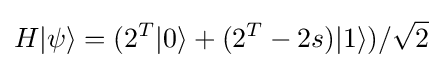
H|\psi \rangle =(2^{T}|0\rangle +(2^{T}-2s)|1\rangle )/{\sqrt {2}}